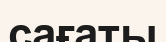
сағаты